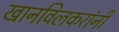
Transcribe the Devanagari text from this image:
खानविलकरांनी